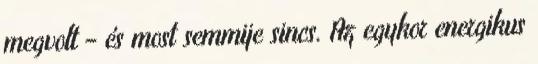
megvolt – és most semmije sincs. Az egykor energikus